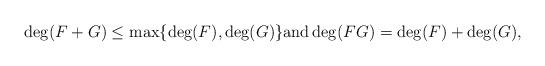
LaTeX: \begin{align*}\deg(F + G) \leq \max \{ \deg(F), \deg(G) \} \textrm{and} \deg(FG) = \deg(F) + \deg(G),\end{align*}